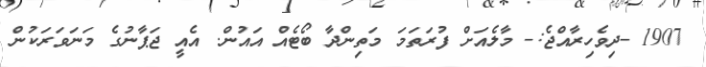
1907 -ދިވެހިރާއްޖެ:- މާލެއަށް ފުރަތަމަ މަތިންދާ ބޯޓެއް އައުން. އެއީ ޖަޕާނުގެ މަނަވަރަކުން